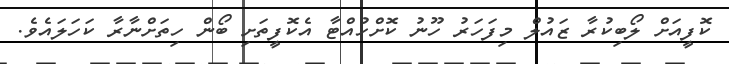
ކޮފީއަށް ލޯބިކުރާ ޒައުލް މިފަހަރު ހޫނު ކޮށްހުއްޓާ އެކޮފީތަށި ބޯން ހިތަށްނާރާ ކަހަލައެވެ.